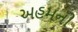
અહમની